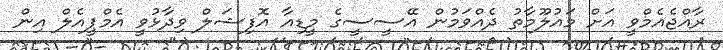
ރާއްޖެއެމްވީ އަށް މައުލޫމާތު ދެއްވަމުން އޭސީސީގެ މީޑިއާ އޮފިޝަލް ވިދާޅުވީ އެމްޕީއެލް އިން